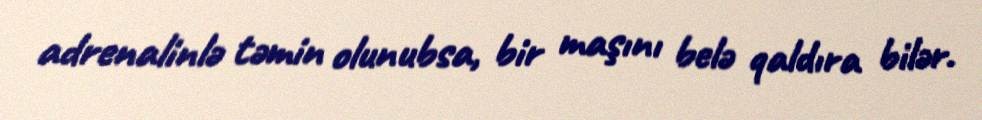
adrenalinlə təmin olunubsa, bir maşını belə qaldıra bilər.